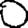
Digit: 0